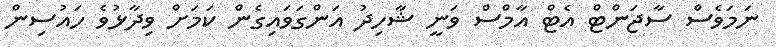
ނަމަވެސް ސާޖަންޓް އެޓް އާމްސް ވަނީ ޝާހިދު އަންގަވައިގެން ކަމަށް ވިދާޅުވެ ހައުސިން